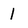
Character: 1